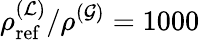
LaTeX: \rho_{\mathrm{ref}}^{(\mathcal{L})}/\rho^{(\mathcal{G})}=1000